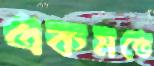
একমতে